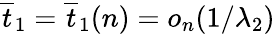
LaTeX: \overline{{t}}_{1}=\overline{{t}}_{1}(n)=o_{n}(1/\lambda_{2})